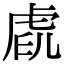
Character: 𧆧